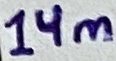
Text: 14m